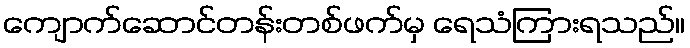
ကျောက်ဆောင်တန်းတစ်ဖက်မှ ရေသံကြားရသည်။